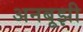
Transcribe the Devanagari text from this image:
अनबूझी